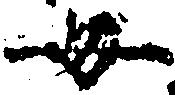
母